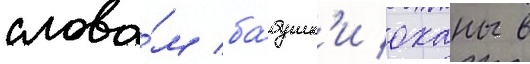
слова́м ба́бушк'и оханы в